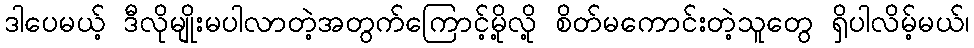
ဒါပေမယ့် ဒီလိုမျိုးမပါလာတဲ့အတွက်ကြောင့်မို့လို့ စိတ်မကောင်းတဲ့သူတွေ ရှိပါလိမ့်မယ်၊